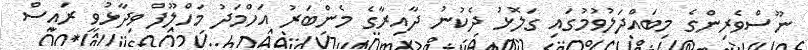
ނޫސްވެރިންގެ މިބައްދަލުވުމުގައި ގަލޮޅު ދެކުނު ދާއިރާގެ މެންބަރު އަހްމަދު މަހްލޫފް ވިދާޅުވީ ރައީސް